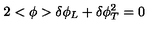
2 < \phi > \delta \phi _ { L } + \delta \phi _ { T } ^ { 2 } = 0